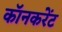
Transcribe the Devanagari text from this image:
कॉनकरेंट